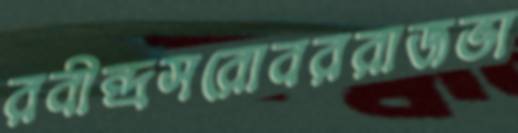
রবীন্দ্রসরোবররাজভা